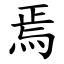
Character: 焉